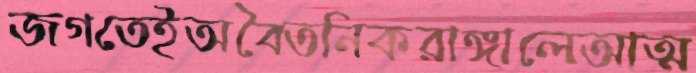
জগতেইঅবৈতনিকরাঙ্গালেআত্ম